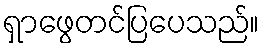
ရှာဖွေတင်ပြပေသည်။